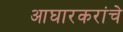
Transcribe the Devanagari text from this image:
आघारकरांचे